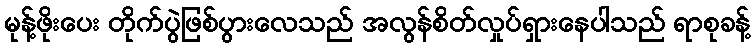
မုန့်ဖိုးပေး တိုက်ပွဲဖြစ်ပွားလေသည် အလွန်စိတ်လှုပ်ရှားနေပါသည် ရာစုခန့်